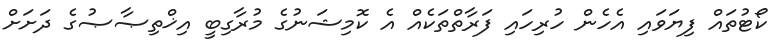
ކޯޓުތައް ފިޔަވައި އެހެން ހުރިހައި ފަރާތްތަކެއް އެ ކޮމިޝަނުގެ މުރާގިބީ އިޚްތިޞާޞުގެ ދަށަށް